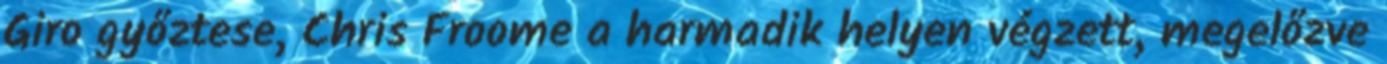
Giro győztese, Chris Froome a harmadik helyen végzett, megelőzve